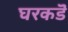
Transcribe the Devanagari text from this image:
घरकडॆ